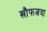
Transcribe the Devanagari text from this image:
खौफज़दा